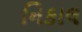
નિકાલ